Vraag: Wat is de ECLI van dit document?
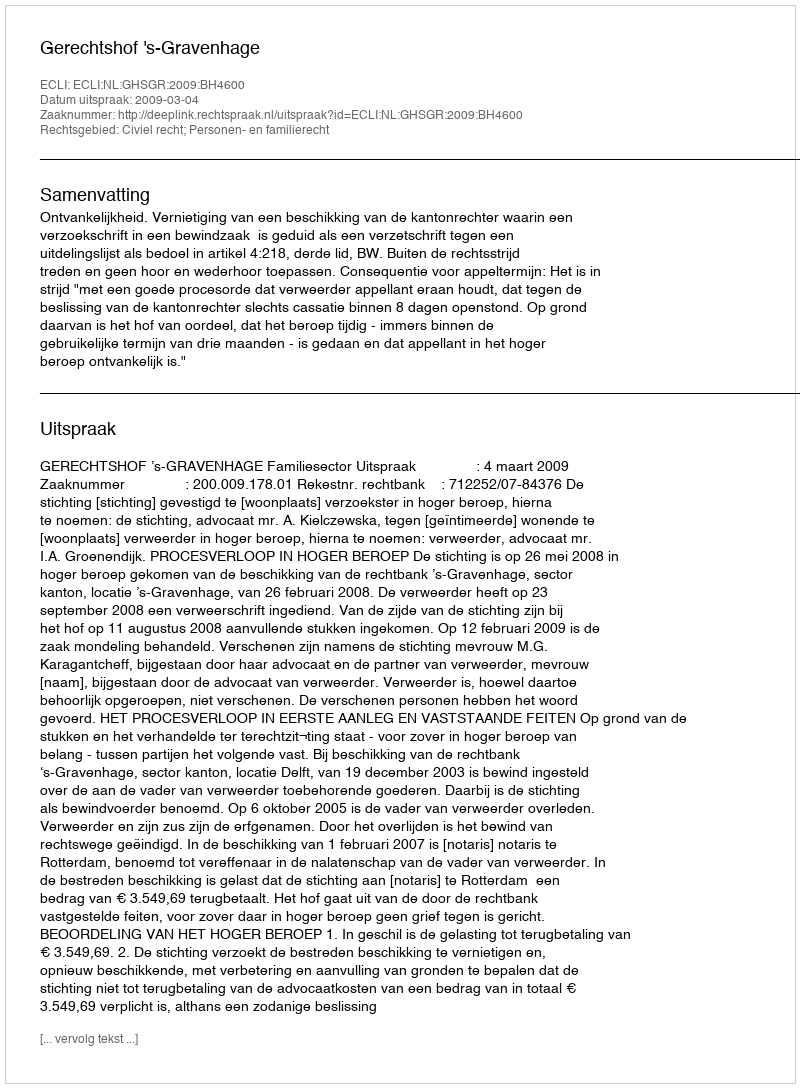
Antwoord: ECLI:NL:GHSGR:2009:BH4600